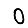
Digit: 0